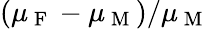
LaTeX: (\mu_{\mathrm{~F~}}-\mu_{\mathrm{~M~}})/\mu_{\mathrm{~M~}}